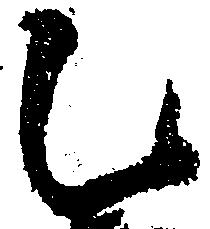
乙